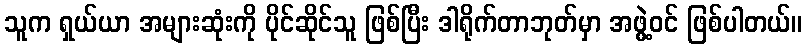
သူက ရှယ်ယာ အများဆုံးကို ပိုင်ဆိုင်သူ ဖြစ်ပြီး ဒါရိုက်တာဘုတ်မှာ အဖွဲ့ဝင် ဖြစ်ပါတယ်။